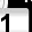
Digit: 1